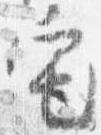
宅